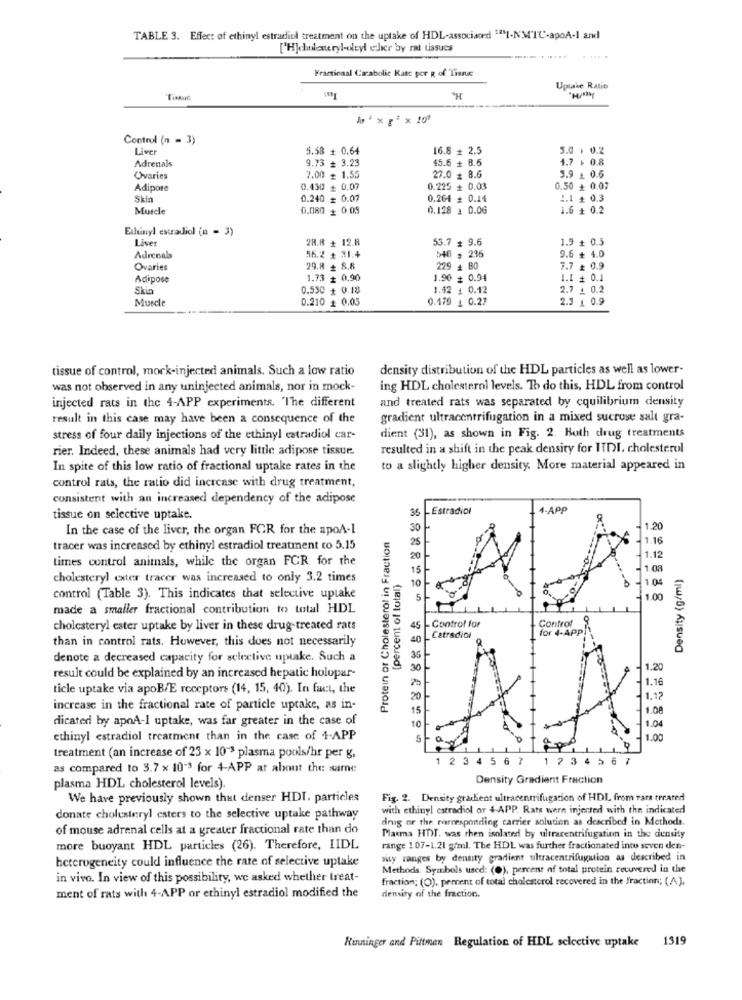
TABLE 3. Effect of ethinyl estradiol treatment on the uptake of HDL-associated "I-NMTC-apoA-1 and
['H)chulasteryl-oleyl cher by rat tissues
.....
Fractional Carabolic Kate gor g of Tissue
Uptake Ratio
TisAuc
Control (n = 3)
Liver
5.58 + 0.64
16.8 + 2.5
3.0 . 0.2
Adrenals
9.73 # 3.23
45.6 + 8.6
1.7 + 0.8
Ovaries
7.00 = 1.55
27.0 # 8.6
3.9 + 0.6
Adipose
0.450 + 0.07
0.225 + 0.03
0.50 + 0.07
Skin
0.240 = 0.07
0.264 = 0.14
1.1 + 0.3
Muscle
0.080 # 0.09
0.128 1 0.06
1.6 + 0.2
Ethinyl estradiol (n = 3)
Liver
28.8 + 12.8
53.7 # 9.6
1.9 + 0.5
Adrenals
56.2 + 31.+
540 # 236
9.6 + 4.0
Ovaries
29.8 + 8.8
229 4 80
7.7 £ 0.9
Adipose
1.73 # 0.90
1.90 + 0.94
1.1 + 0.1
Skin
0.590 + 0.18
1.42 1 0.12
2.7 + 0.2
Muscle
0.210 + 0.05
0.479 1 0.27
2.3 1 0.9
tissue of control, mock-injected animals. Such a low ratio
density distribution of the HDL particles as well as lower-
was not observed in any uninjected animals, nor in mock-
ing HDL cholesterol levels. To do this, HDL from control
and treated rats was separated by cquilibrium density
injected rats in the 4-APP experiments. The different
result in this case may have been a consequence of the
gradient ultracentrifugation in a mixed sucrose salt gra-
stress of four daily injections of the ethinyl estradiol car-
dient (31), as shown in Fig. 2. Both drug treatments
rier. Indeed, these animals had very little adipose tissue.
resulted in a shift in the peak density for ITDI, cholesterol
In spite of this low ratio of fractional uptake rates in the
to a slightly higher density. More material appeared in
control rats, the ratio did increase with drug treatment,
consistent with an increased dependency of the adipose
.Estradiol
4-APP
tissue on selective uptake.
35
In the case of the liver, the organ FOR for the apoA-I
Protein or Cholesterol in Fraction
30
1.20
1.16
tracer was increased by ethinyl estradiol treatment to 5.15
times control animals, while the organ FCR for the
1.12
(percent of total)
15
1.08
Density (g/ml)
cholesteryl exter tracer was increased to only 3.2 times
1.04
control (Table 3). This indicates that selective uptake
1.00
made a smaller fractional contribution to total HDL
Confrof
cholesteryl ester uptake by liver in these drug-treated rats
5 - Control for
for 4-APP
than in control rats. However, this does not necessarily
40 _ Catradiol
36-
denote a decreased capacity for selective uptake. Such a
1.20
result could be explained by an increased hepatic holopar-
1.16
ticle uptake via apoB/E receptors (14, 15, 40). In fact, the
20
1.12
increase in the fractional rate of particle uptake, as in-
15
1.08
dicated by apoA-1 uptake, was far greater in the case of
10%
1.04
ethinyl estradiol treatment than in the case of 4-APP
1.00
treatment (an increase of 23 x 10"3 plasma pools/hr per g.
2 3 4 5 6 7
1 23 4 5 6 7
as compared to 3.7 x 10"3 for 4-APP at about the xarne
Density Gradient Fraction
plasma HDL cholesterol levels).
We have previously shown that denser HDI. particles
Fig. 2. Density gradient ultracentrifugacion of HDL from rars treated
with ethinyl estradiol or 4-APP. Rats wern injected with the indicated
donate cholesteryl esters to the selective uptake pathway
drug or the corresponding carrier solution as described in Methods.
of mouse adrenal cells at a greater fractional rate than do
Plasma HDT. was then isolated by ultracentrifugation in the density
more buoyant HDL particles (26). Therefore, IIDL
range 1.07-1.21 g/ml. The HDL was further fractionated into seven den-
heterogeneity could influence the rate of selective uptake
sity ranges by density gradient ultracentrifugation as described in
Methods. Symbols used: (0), percent of total protein recovered in the
in vivo. In view of this possibility, we asked whether treat-
fraction; (O). percent of total cholesterol recovered in the Fraction; (A),
ment of rats with 4-APP or ethinyl estradiol modified the
density of the fraction.
Rinninger and Pittman Regulation of HDL selective uptake 1319